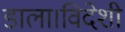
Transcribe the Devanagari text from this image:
डाला।विदेशी